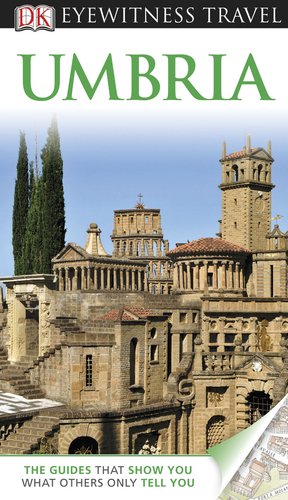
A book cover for DK Eyewitness Travel Guide: Umbria; DK Publishing; Travel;